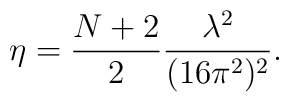
\eta=\frac{N+2}{2}\frac{\lambda^2}{(16\pi^2)^2}.